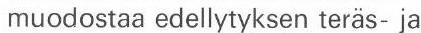
muodostaa edellytyksen teräs- ja